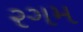
રગમ